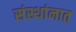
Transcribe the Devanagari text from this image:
संस्थांनात